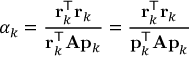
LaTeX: \alpha _ { k } = { \frac { \mathbf { r } _ { k } ^ { \mathsf { T } } \mathbf { r } _ { k } } { \mathbf { r } _ { k } ^ { \mathsf { T } } \mathbf { A } \mathbf { p } _ { k } } } = { \frac { \mathbf { r } _ { k } ^ { \mathsf { T } } \mathbf { r } _ { k } } { \mathbf { p } _ { k } ^ { \mathsf { T } } \mathbf { A p } _ { k } } }